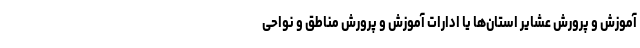
آموزش و پرورش عشایر استان‌ها یا ادارات آموزش و پرورش مناطق و نواحی